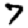
Digit: 7